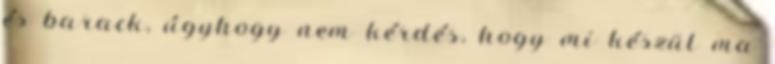
és barack, úgyhogy nem kérdés, hogy mi készül ma